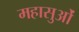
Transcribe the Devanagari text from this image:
महासुओं